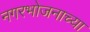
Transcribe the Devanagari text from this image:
नगरभोजनाच्या